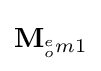
\mathbf {M} _{^{e}_{o}m1}